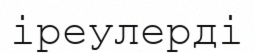
іреулерді